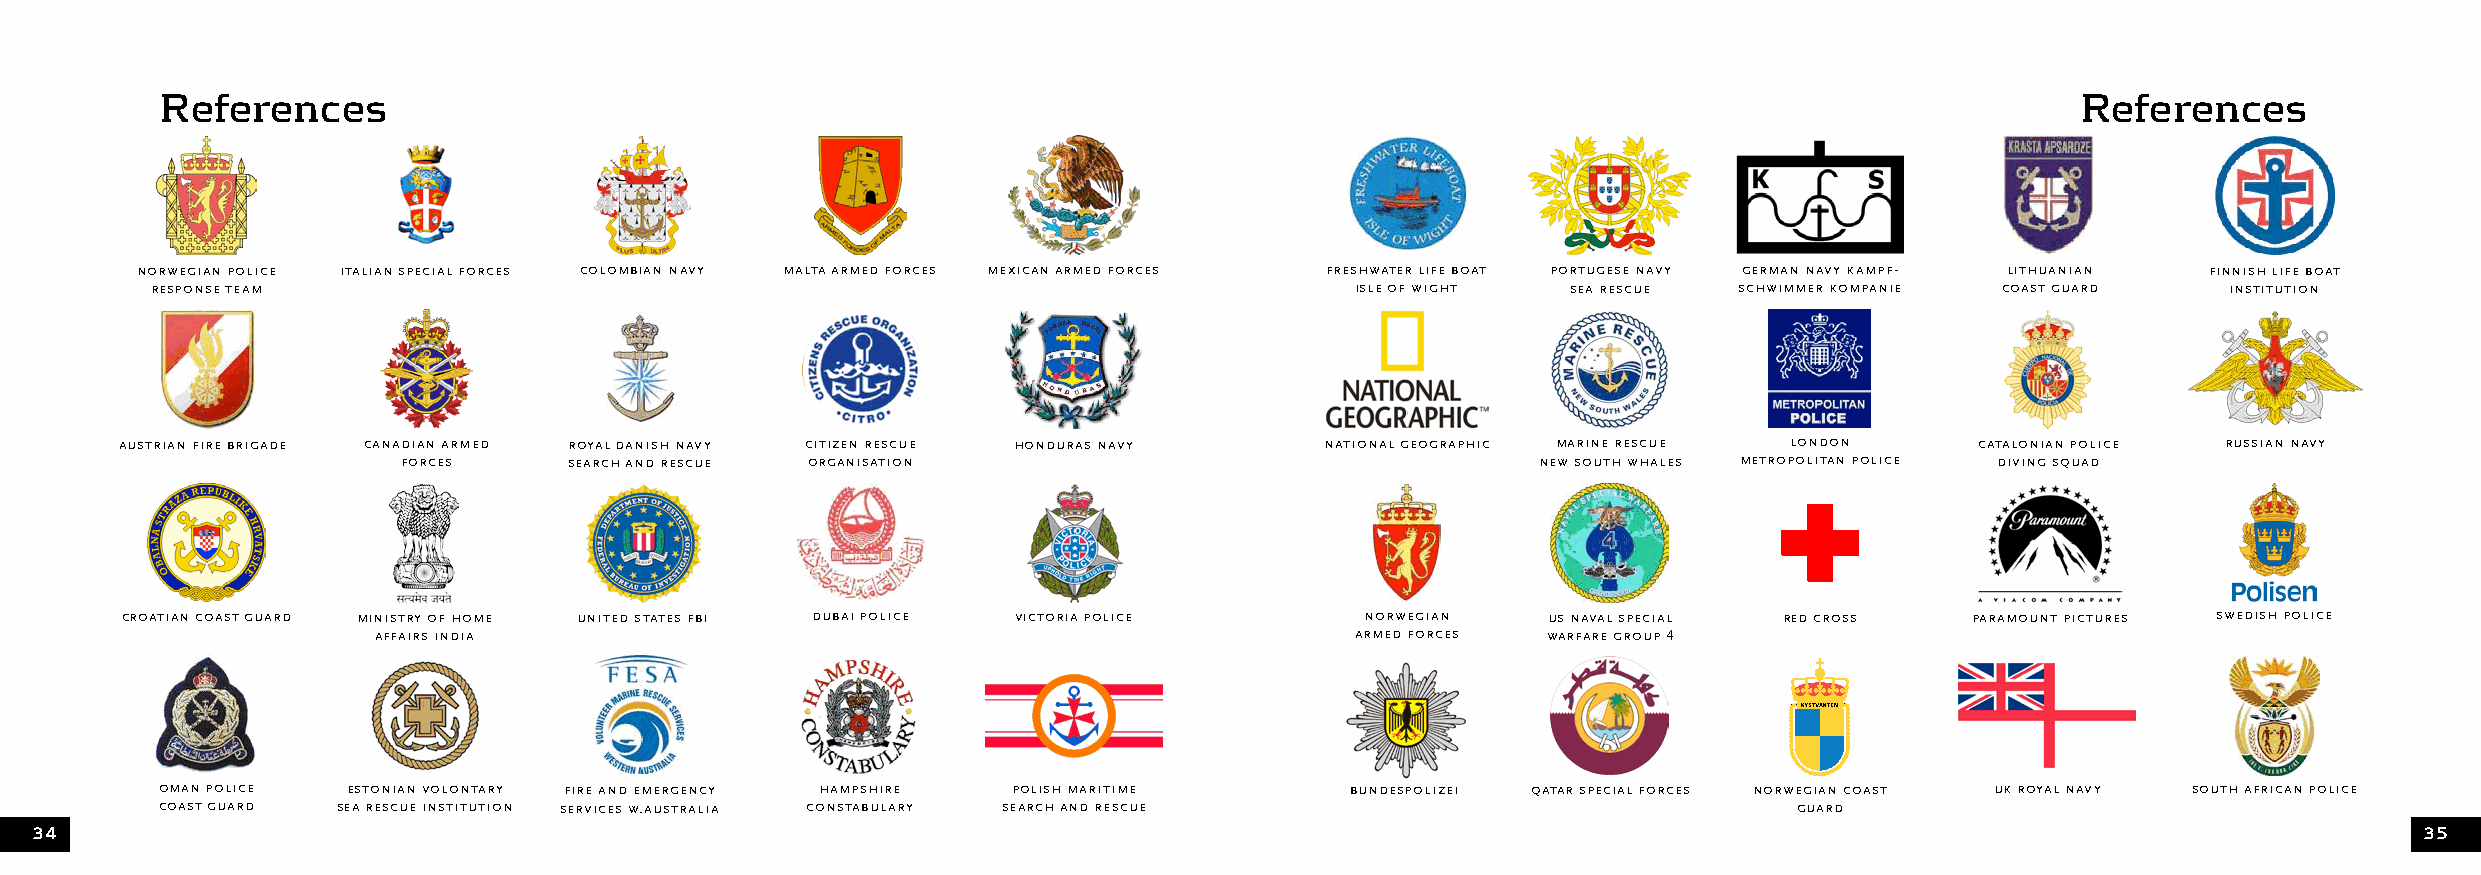
References                                                                                                                     References
 norwegian police italian special forces colombian navy malta armed forces mexican armed forces freshwater life boat portugese navy german navy kampf- lithuanian finnish life boat
 response team                                                                   isle of wight sea rescue schwimmer kompanie coast guard   institution
 austrian fire brigade canadian armed royal danish navy citizen rescue honduras navy national geographic marine rescue london catalonian police russian navy
 forces     search and rescue organisation                                  new south whales metropolitan police diving squad
 croatian coast guard ministry of home united states fbi dubai police victoria police norwegian us naval special red cross paramount pictures swedish police
 affairs india                                                    armed forces warfare group 4
 oman police estonian volontary fire and emergency hampshire polish maritime   bundespolizei qatar special forces norwegian coast uk royal navy south african police
 coast guard sea rescue institution services w.australia constabulary search and rescue                      guard
 34                                                                                                                                                            35